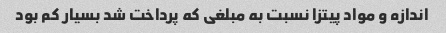
اندازه و مواد پیتزا نسبت به مبلغى که پرداخت شد بسیار کم بود